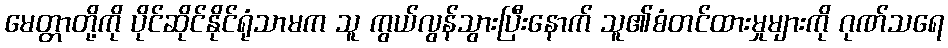
မေတ္တာတို့ကို ပိုင်ဆိုင်နိုင်ရုံသာမက သူ ကွယ်လွန်သွားပြီးနောက် သူ၏စံတင်ထားမှုများကို ဂုဏ်သရေ